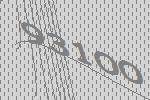
93100